Jaan_Tonisson_(Lasteleht), lk 254
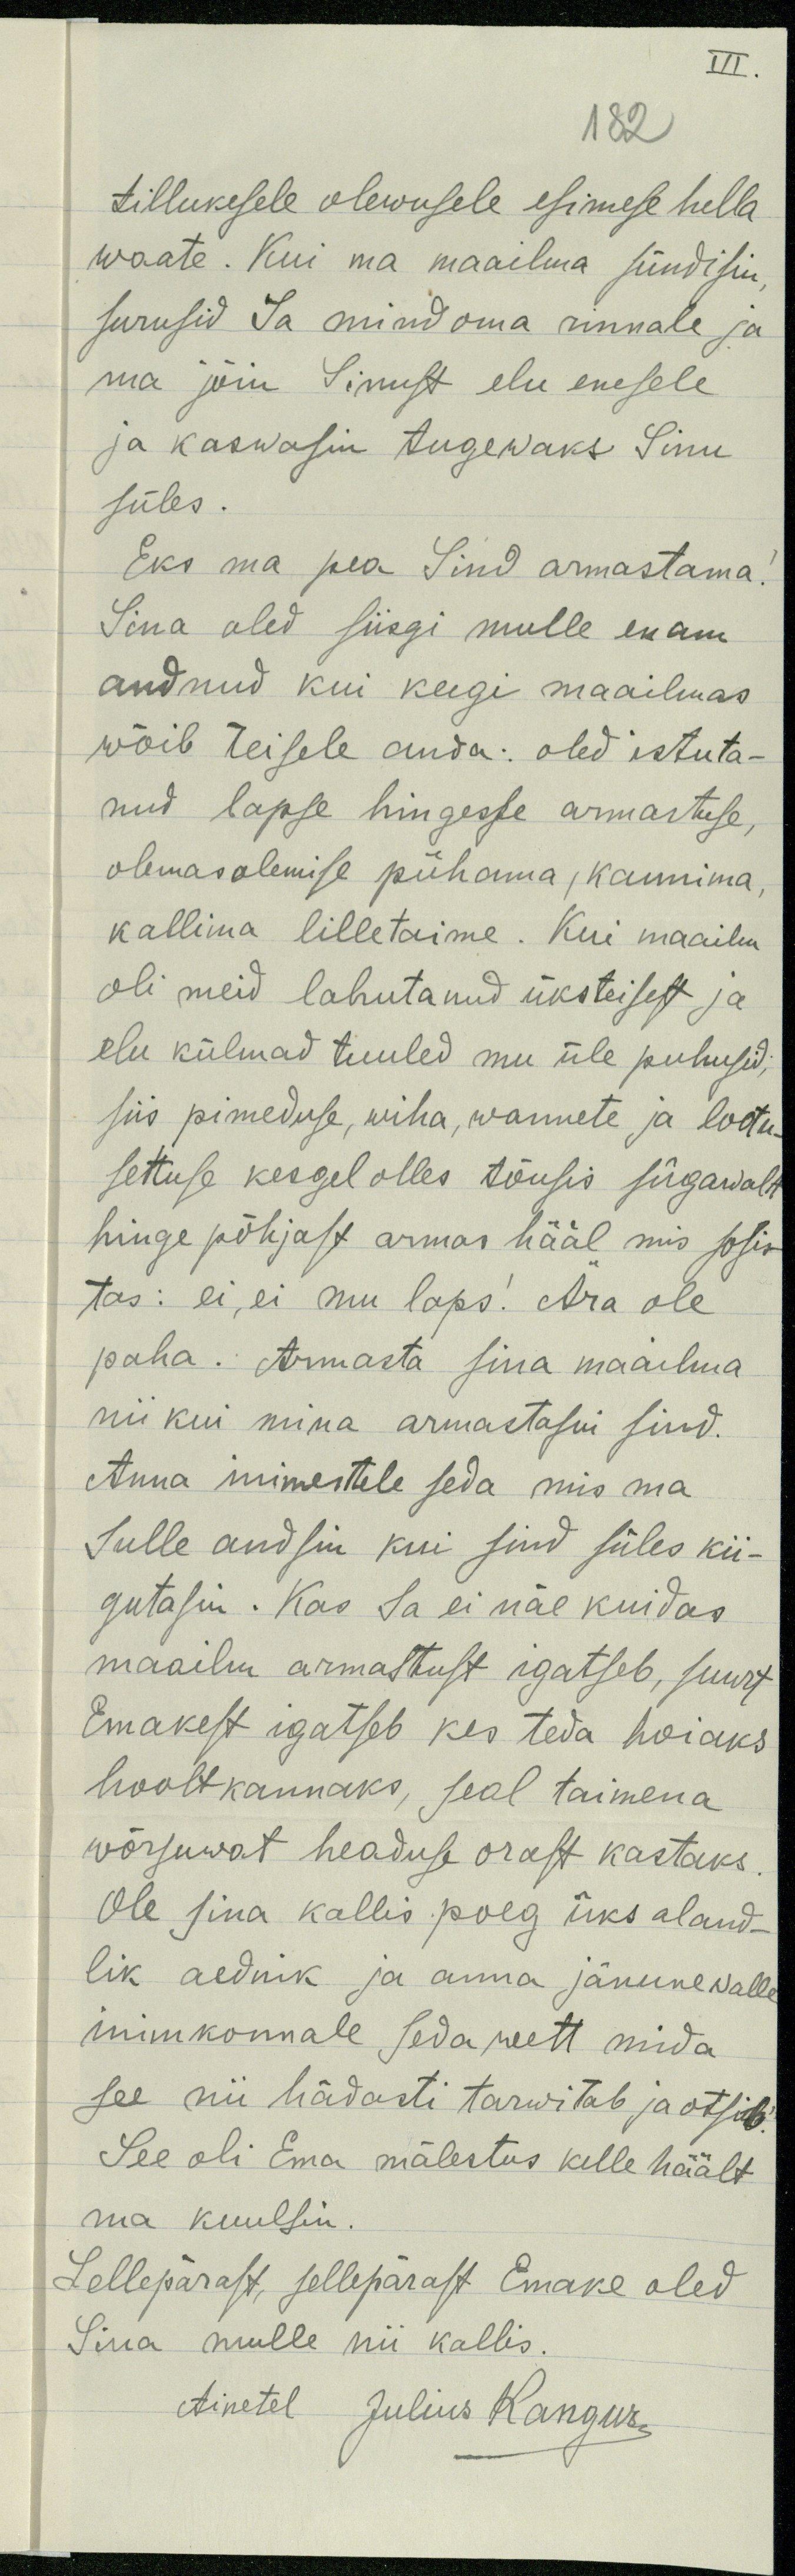
III

182
tillukesele olewusele esimese hella
waate. Kui ma maailma sündisin
surusid Sa mind oma rinnale ja
ma jõin Sinust elu enesele
ja kaswasin tugewaks Sinu
süles.
Eks ma pea Sind armastama.
Sina oled siisgi mulle enam
andnud kui keegi maailmas
wõib teisele anda: oled istuta-
nud lapse hingesse armastuse,
olemasolemise pühama kaunima,
kallima lilletame. Kui maailm
oli meid lahutanud üksteisest ja
elu külmad tuuled mu üle puhusid,
siis pimeduse, wiha, wannete ja lootu-
settuse kesgel olles tõusis sügawalt
hinge põhjast armas hääl mis sosis
tas: ei, ei mu laps! Ära ole
paha. Armasta sina maailma
nii kui mina armastasin sind.
Anna inimestele seda mis ma
Sulle andsin kui sind süles kii-
gutasin. Kas Sa ei näe kuidas
maailm armastust igatseb, suurt
Emakest igatseb kes teda hoiaks
hoolt kannaks, seal taimena
wõrsuwat headuse orast kastaks
Ole sina kallis poeg üks aland-
lik aednik ja anna jänunewalle
inimkonnale seda wett mida
see nii hädasti tarwitab ja otsib.
See oli Ema mälestus kelle häält
ma kuulsin.
Sellepärast, sellepärast Emake oled
Sina mulle nii kallis
Ainetel Julius Kangur